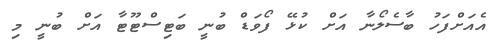
އެއަށްފަހު ބާސެލޯނާ އަށް ކުޅޭ ފޯވަޑް ބުނީ ބަޓިސްޓޫޓާ އަށް ބުނީ މި